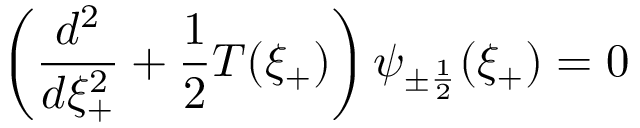
\left( \frac { d ^ { 2 } } { d \xi _ { + } ^ { 2 } } + \frac { 1 } { 2 } T ( \xi _ { + } ) \right) \psi _ { \pm \frac { 1 } { 2 } } ( \xi _ { + } ) = 0